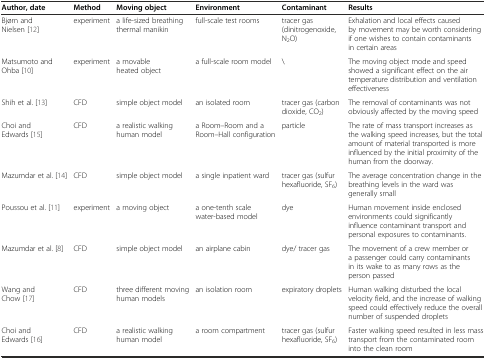
| Author, date | Method | Moving object | Environment | Contaminant | Results |
 | --- | --- | --- | --- | --- | --- |
 | Bjørn and Nielsen [12] | experiment | a life-sized breathing thermal manikin | full-scale test rooms | tracer gas (dinitrogenoxide, N2O) | Exhalation and local effects caused by movement may be worth considering if one wishes to contain contaminants in certain areas |
 | Matsumoto and Ohba [10] | experiment | a movable heated object | a full-scale room model | \ | The moving object mode and speed showed a significant effect on the air temperature distribution and ventilation effectiveness |
 | Shih et al. [13] | CFD | simple object model | an isolated room | tracer gas (carbon dioxide, CO2) | The removal of contaminants was not obviously affected by the moving speed |
 | Choi and Edwards [15] | CFD | a realistic walking human model | a Room–Room and a Room–Hall configuration | particle | The rate of mass transport increases as the walking speed increases, but the total amount of material transported is more influenced by the initial proximity of the human from the doorway. |
 | Mazumdar et al. [14] | CFD | simple object model | a single inpatient ward | tracer gas (sulfur hexafluoride, SF6) | The average concentration change in the breathing levels in the ward was generally small |
 | Poussou et al. [11] | experiment | a moving object | a one-tenth scale water-based model | dye | Human movement inside enclosed environments could significantly influence contaminant transport and personal exposures to contaminants. |
 | Mazumdar et al. [8] | CFD | simple object model | an airplane cabin | dye/ tracer gas | The movement of a crew member or a passenger could carry contaminants in its wake to as many rows as the person passed |
 | Wang and Chow [17] | CFD | three different moving human models | an isolation room | expiratory droplets | Human walking disturbed the local velocity field, and the increase of walking speed could effectively reduce the overall number of suspended droplets |
 | Choi and Edwards [16] | CFD | a realistic walking human model | a room compartment | tracer gas (sulfur hexafluoride, SF6) | Faster walking speed resulted in less mass transport from the contaminated room into the clean room |